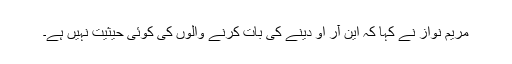
مریم نواز نے کہا کہ این آر او دینے کی بات کرنے والوں کی کوئی حیثیت نہیں ہے۔